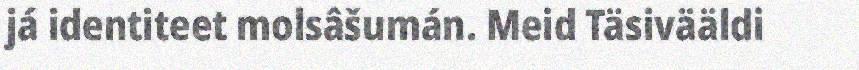
já identiteet molsâšumán. Meid Täsivääldi